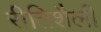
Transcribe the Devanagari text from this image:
रीतिशैली